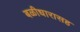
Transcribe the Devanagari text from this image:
बळीधारासह